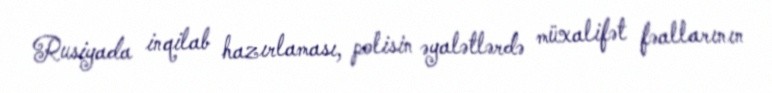
Rusiyada inqilab hazırlaması, polisin əyalətlərdə müxalifət fəallarının